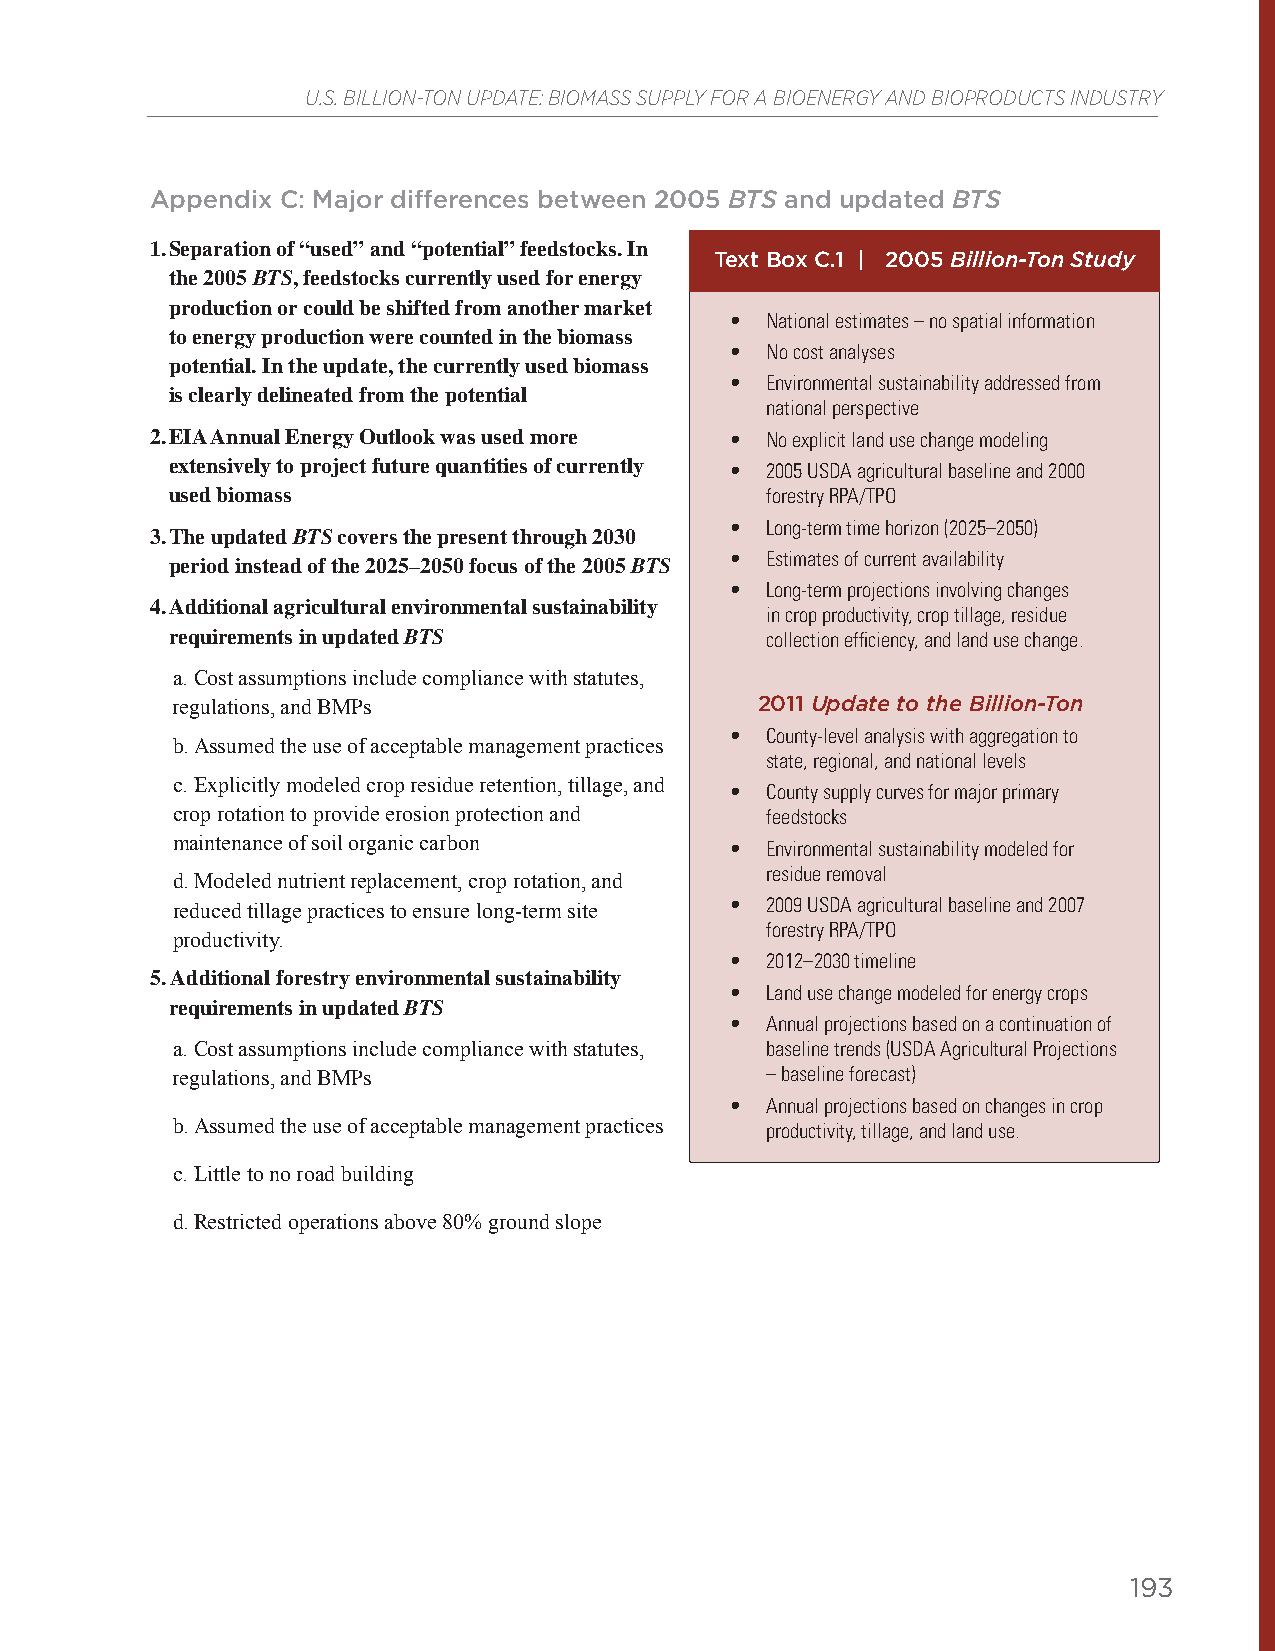
U.S. BILLION-TON UPDATE: BIOMASS SUPPLY FOR A BIOENERGY AND BIOPRODUCTS INDUSTRY
 Appendix C: Major differences between 2005 BTS and updated BTS
 1. Separation of “used” and “potential” feedstocks. In
 Text Box C.1 | 2005 Billion-Ton Study
 the 2005 BTS, feedstocks currently used for energy
 production or could be shifted from another market
 •  National estimates – no spatial information
 to energy production were counted in the biomass
 •  No cost analyses
 potential. In the update, the currently used biomass
 •  Environmental sustainability addressed from
 is clearly delineated from the potential
 national perspective
 2. EIA Annual Energy Outlook was used more • No explicit land use change modeling
 extensively to project future quantities of currently • 2005 USDA agricultural baseline and 2000
 used biomass                            forestry RPA/TPO
 •  Long-term time horizon (2025–2050)
 3. The updated BTS covers the present through 2030
 •  Estimates of current availability
 period instead of the 2025–2050 focus of the 2005 BTS
 •  Long-term projections involving changes
 4. Additional agricultural environmental sustainability
 in crop productivity, crop tillage, residue
 requirements in updated BTS             collection efficiency, and land use change.
 a. Cost assumptions include compliance with statutes,
 regulations, and BMPs                  2011 Update to the Billion-Ton
 •  County-level analysis with aggregation to
 b. Assumed the use of acceptable management practices
 state, regional, and national levels
 c. Explicitly modeled crop residue retention, tillage, and
 •  County supply curves for major primary
 crop rotation to provide erosion protection and feedstocks
 maintenance of soil organic carbon   •  Environmental sustainability modeled for
 residue removal
 d. Modeled nutrient replacement, crop rotation, and
 reduced tillage practices to ensure long-term site • 2009 USDA agricultural baseline and 2007
 forestry RPA/TPO
 productivity.
 •  2012–2030 timeline
 5. Additional forestry environmental sustainability
 •  Land use change modeled for energy crops
 requirements in updated BTS
 •  Annual projections based on a continuation of
 a. Cost assumptions include compliance with statutes, baseline trends (USDA Agricultural Projections
 regulations, and BMPs                   – baseline forecast)
 •  Annual projections based on changes in crop
 b. Assumed the use of acceptable management practices productivity, tillage, and land use.
 c. Little to no road building
 d. Restricted operations above 80% ground slope
 193